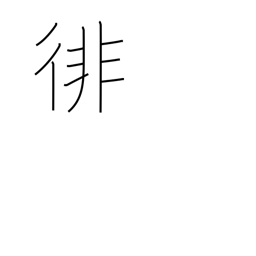
Meaning: wander